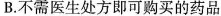
B.不需医生处方即可购买的药品